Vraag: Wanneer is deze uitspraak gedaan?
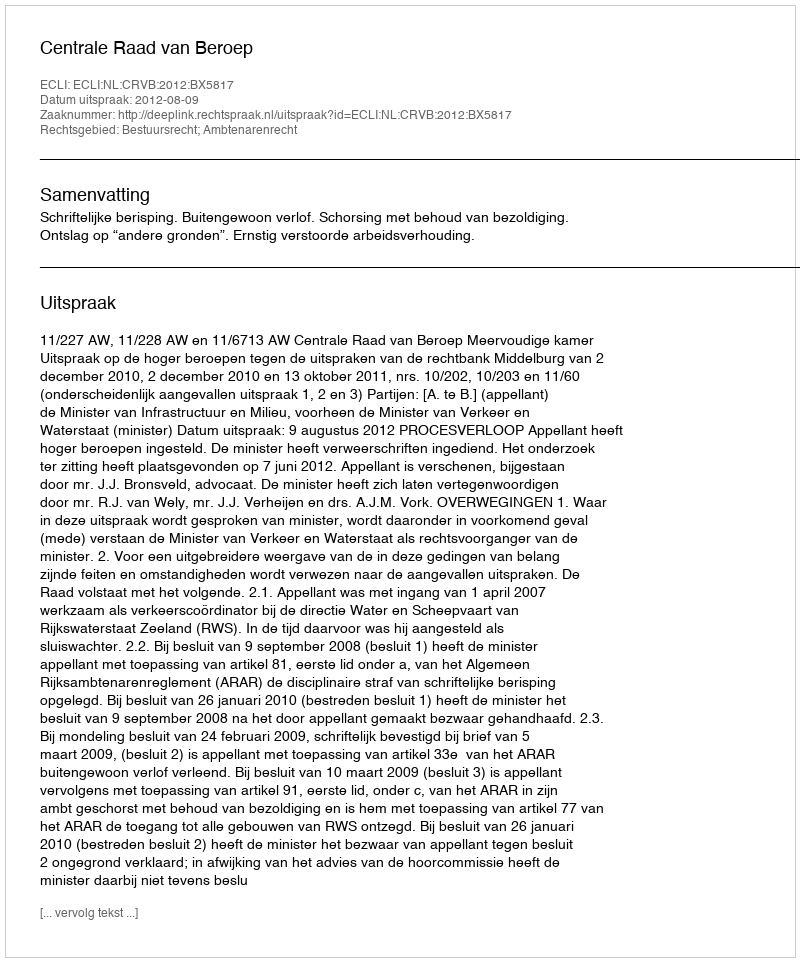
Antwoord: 2012-08-09